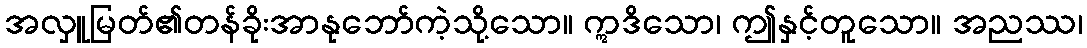
အလှူမြတ်၏တန်ခိုးအာနုဘော်ကဲ့သို့သော။ ဣဒိသော၊ ဤနှင့်တူသော။ အညဿ၊